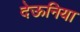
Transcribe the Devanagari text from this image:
देऊनिया